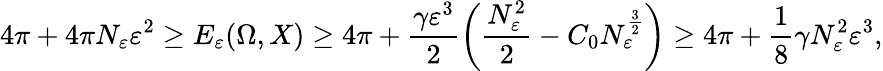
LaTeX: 4\pi+4\pi N_{\varepsilon}\varepsilon^{2}\geq E_{\varepsilon}(\Omega,X)\geq 4\pi+\frac{\gamma\varepsilon^{3}}{2}\left(\frac{N_{\varepsilon}^{2}}{2}-C_{0}N_{\varepsilon}^{\frac{3}{2}}\right)\geq 4\pi+\frac 18\gamma N_{\varepsilon}^{2}\varepsilon^{3},